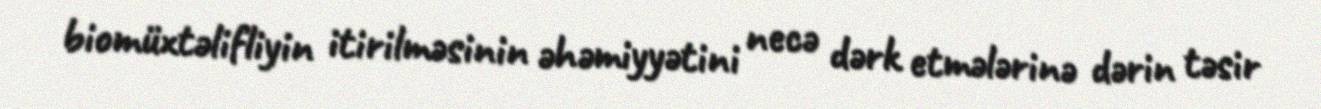
biomüxtəlifliyin itirilməsinin əhəmiyyətini necə dərk etmələrinə dərin təsir